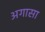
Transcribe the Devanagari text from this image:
अगासा